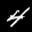
Label: 4